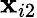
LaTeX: \mathbf{x}_{i2}